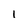
Character: 1